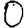
Digit: 0